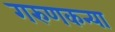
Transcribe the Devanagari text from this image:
गरुणकन्या